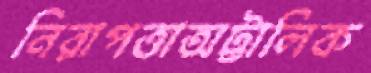
নিরাপত্তাঅট্টালিক